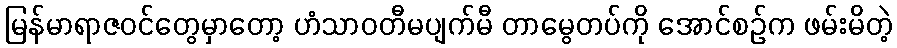
မြန်မာရာဇဝင်တွေမှာတော့ ဟံသာဝတီမပျက်မီ တာမွေတပ်ကို အောင်စဉ်က ဖမ်းမိတဲ့